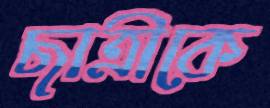
ছাত্রীকে